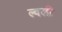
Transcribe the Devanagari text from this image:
ल्वली